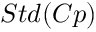
S t d ( C p )